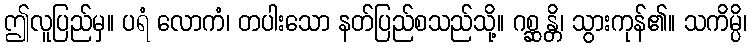
ဤလူပြည်မှ။ ပရံ လောကံ၊ တပါးသော နတ်ပြည်စသည်သို့။ ဂစ္ဆန္တိ၊ သွားကုန်၏။ သကိမ္ပိ၊